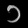
Digit: ၁